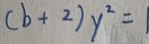
( b + 2 ) y ^ { 2 } = 1